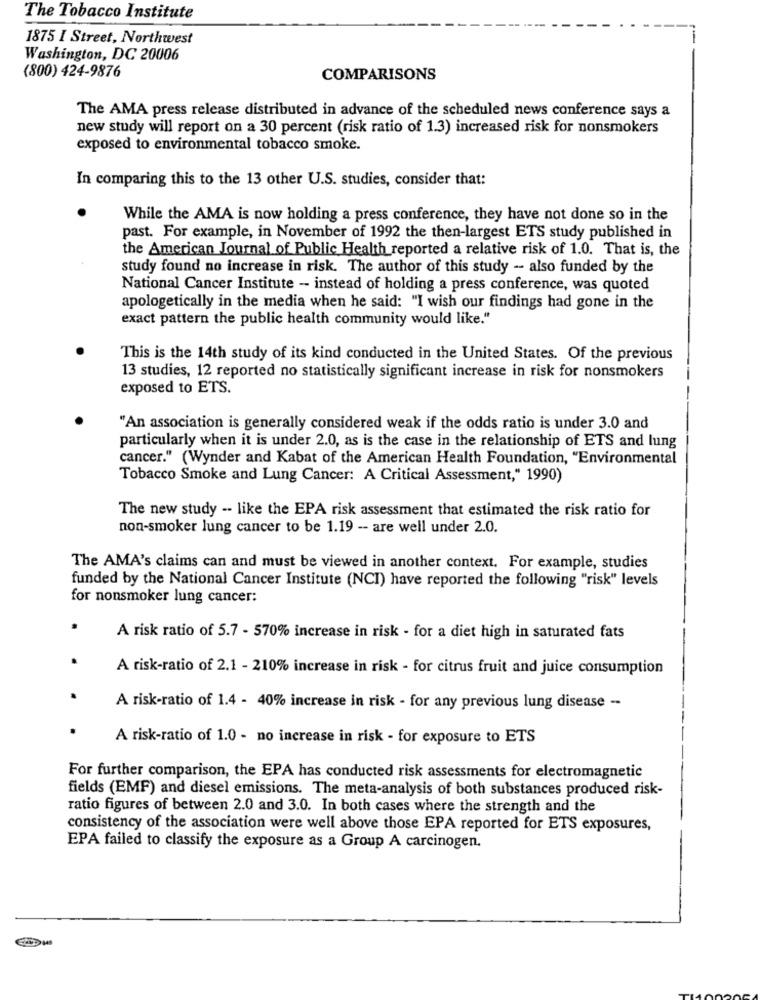
The Tobacco Institute
1875 I Street, Northwest
Washington, DC 20006
(800) 424-9876
COMPARISONS
The AMA press release distributed in advance of the scheduled news conference says a
new study will report on a 30 percent (risk ratio of 1.3) increased risk for nonsmokers
exposed to environmental tobacco smoke.
In comparing this to the 13 other U.S. studies, consider that:
While the AMA is now holding a press conference, they have not done so in the
past. For example, in November of 1992 the then-largest ETS study published in
the American Journal of Public Health reported a relative risk of 1.0. That is, the
study found no increase in risk. The author of this study -- also funded by the
National Cancer Institute - instead of holding a press conference, was quoted
apologetically in the media when he said: "I wish our findings had gone in the
exact pattern the public health community would like."
This is the 14th study of its kind conducted in the United States. Of the previous
13 studies, 12 reported no statistically significant increase in risk for nonsmokers
exposed to ETS.
"An association is generally considered weak if the odds ratio is under 3.0 and
particularly when it is under 2.0, as is the case in the relationship of ETS and lung
cancer." (Wynder and Kabat of the American Health Foundation, "Environmental
Tobacco Smoke and Lung Cancer: A Critical Assessment," 1990)
The new study -- like the EPA risk assessment that estimated the risk ratio for
non-smoker lung cancer to be 1.19 -- are well under 2.0.
The AMA's claims can and must be viewed in another context. For example, studies
funded by the National Cancer Institute (NCI) have reported the following "risk" levels
for nonsmoker lung cancer:
A risk ratio of 5.7 - 570% increase in risk - for a diet high in saturated fats
A risk-ratio of 2.1 - 210% increase in risk - for citrus fruit and juice consumption
A risk-ratio of 1.4 - 40% increase in risk - for any previous lung disease --
A risk-ratio of 1.0 - no increase in risk - for exposure to ETS
For further comparison, the EPA has conducted risk assessments for electromagnetic
fields (EMF) and diesel emissions. The meta-analysis of both substances produced risk-
ratio figures of between 2.0 and 3.0. In both cases where the strength and the
consistency of the association were well above those EPA reported for ETS exposures,
EPA failed to classify the exposure as a Group A carcinogen.